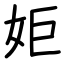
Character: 姖